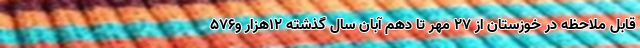
قابل ملاحظه در خوزستان از ۲۷ مهر تا دهم آبان سال گذشته ۱۲هزار و۵۷۶